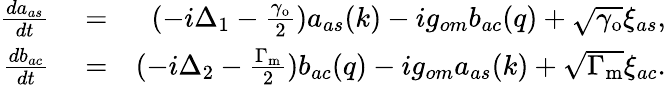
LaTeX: \begin{array}{rlr}{\frac{da_{as}}{dt}}&{{}=}&{(-i\Delta_{1}-\frac{\gamma_{\mathrm{o}}}{2})a_{as}(k)-ig_{om}b_{ac}(q)+\sqrt{\gamma_{\mathrm{o}}}\xi_{as},}\\ {\frac{db_{ac}}{dt}}&{{}=}&{(-i\Delta_{2}-\frac{\Gamma_{\mathrm{m}}}{2})b_{ac}(q)-ig_{om}a_{as}(k)+\sqrt{\Gamma_{\mathrm{m}}}\xi_{ac}.}\end{array}